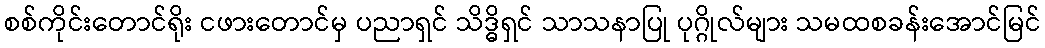
စစ်ကိုင်းတောင်ရိုး ငဖားတောင်မှ ပညာရှင် သိဒ္ဓိရှင် သာသနာပြု ပုဂ္ဂိုလ်များ သမထစခန်းအောင်မြင်